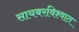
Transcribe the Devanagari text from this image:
सायबरविश्वात